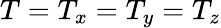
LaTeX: T=T_{x}=T_{y}=T_{z}